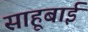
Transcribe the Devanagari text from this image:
साहूबाई